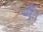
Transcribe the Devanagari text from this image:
नैं।